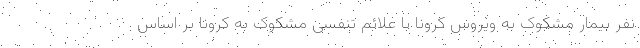
نفر بیمار مشکوک به ویروس کرونا با علائم تنفسی مشکوک به کرونا بر اساس